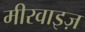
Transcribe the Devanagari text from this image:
मीरवाइज़